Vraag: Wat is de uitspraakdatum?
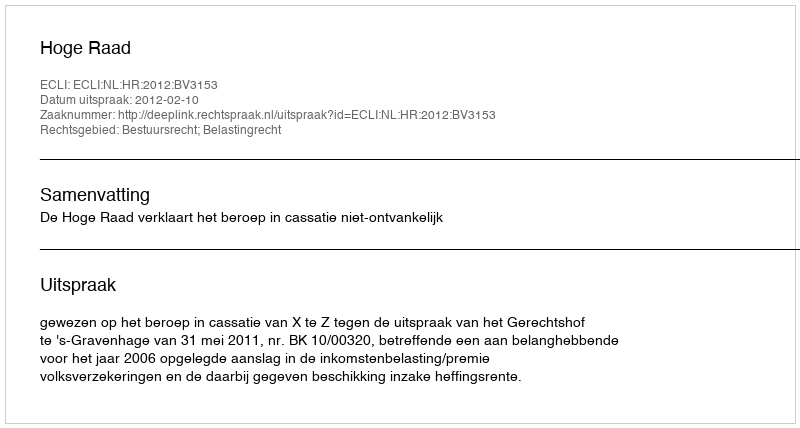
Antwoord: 2012-02-10